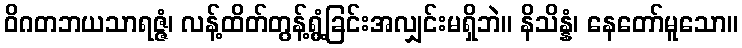
ဝိဂတဘယသာရဇ္ဇံ၊ လန့်ထိတ်တွန့်ရွံ့ခြင်းအလျှင်းမရှိဘဲ။ နိသိန္နံ၊ နေတော်မူသော။